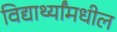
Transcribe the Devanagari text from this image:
विद्यार्थ्यांमधील